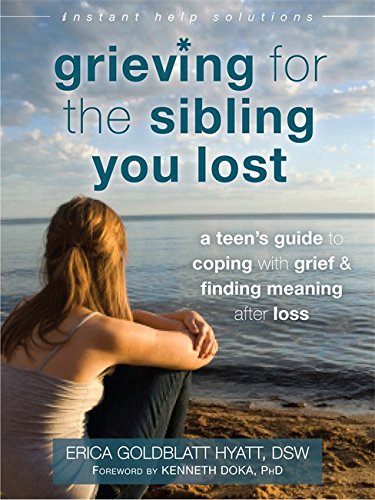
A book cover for Grieving for the Sibling You Lost: A Teen's Guide to Coping with Grief and Finding Meaning After Loss (The Instant Help Solutions Series); Erica Goldblatt Hyatt DSW; Teen & Young Adult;